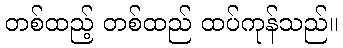
တစ်ထည့် တစ်ထည် ထပ်ကုန်သည်။